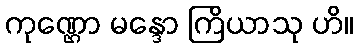
ကုဏ္ဌော မန္ဒော ကြိယာသု ဟိ။